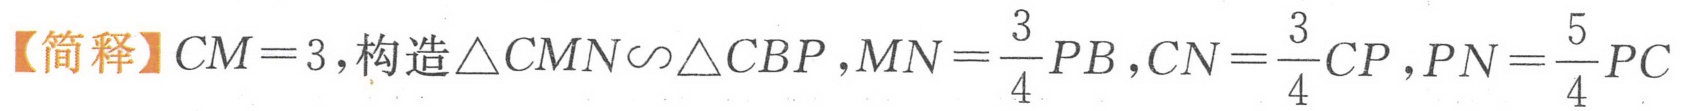
【简释】\(CM = 3\)，构造\(\triangle CMN\sim\triangle CBP\)，\(MN=\frac{3}{4}PB\)，\(CN=\frac{3}{4}CP\)，\(PN=\frac{5}{4}PC\)